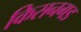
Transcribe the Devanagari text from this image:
किसनगड